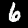
Digit: 6